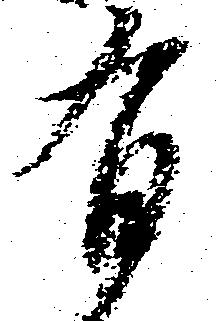
有